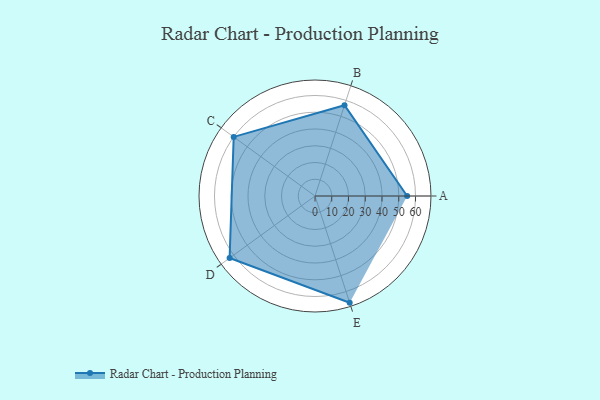
{"axis": {"x": "Skill", "y": "Score"}, "legend": ["Profile"], "data": [{"x": "A", "y": 55.0, "type": "Profile"}, {"x": "B", "y": 57.0, "type": "Profile"}, {"x": "C", "y": 60.0, "type": "Profile"}, {"x": "D", "y": 63.0, "type": "Profile"}, {"x": "E", "y": 67.0, "type": "Profile"}]}